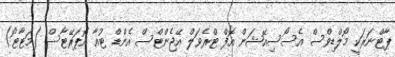
ޕާޓްނަރަކީ މޯލްޑިވްސް އެސޯސިއޭޝަން އޮފް ޓްރެވަލް އޭޖެންޓްސް އެންޑް ޓުއާ އޮޕަރޭޓާސް (މަޓާޓޯ)